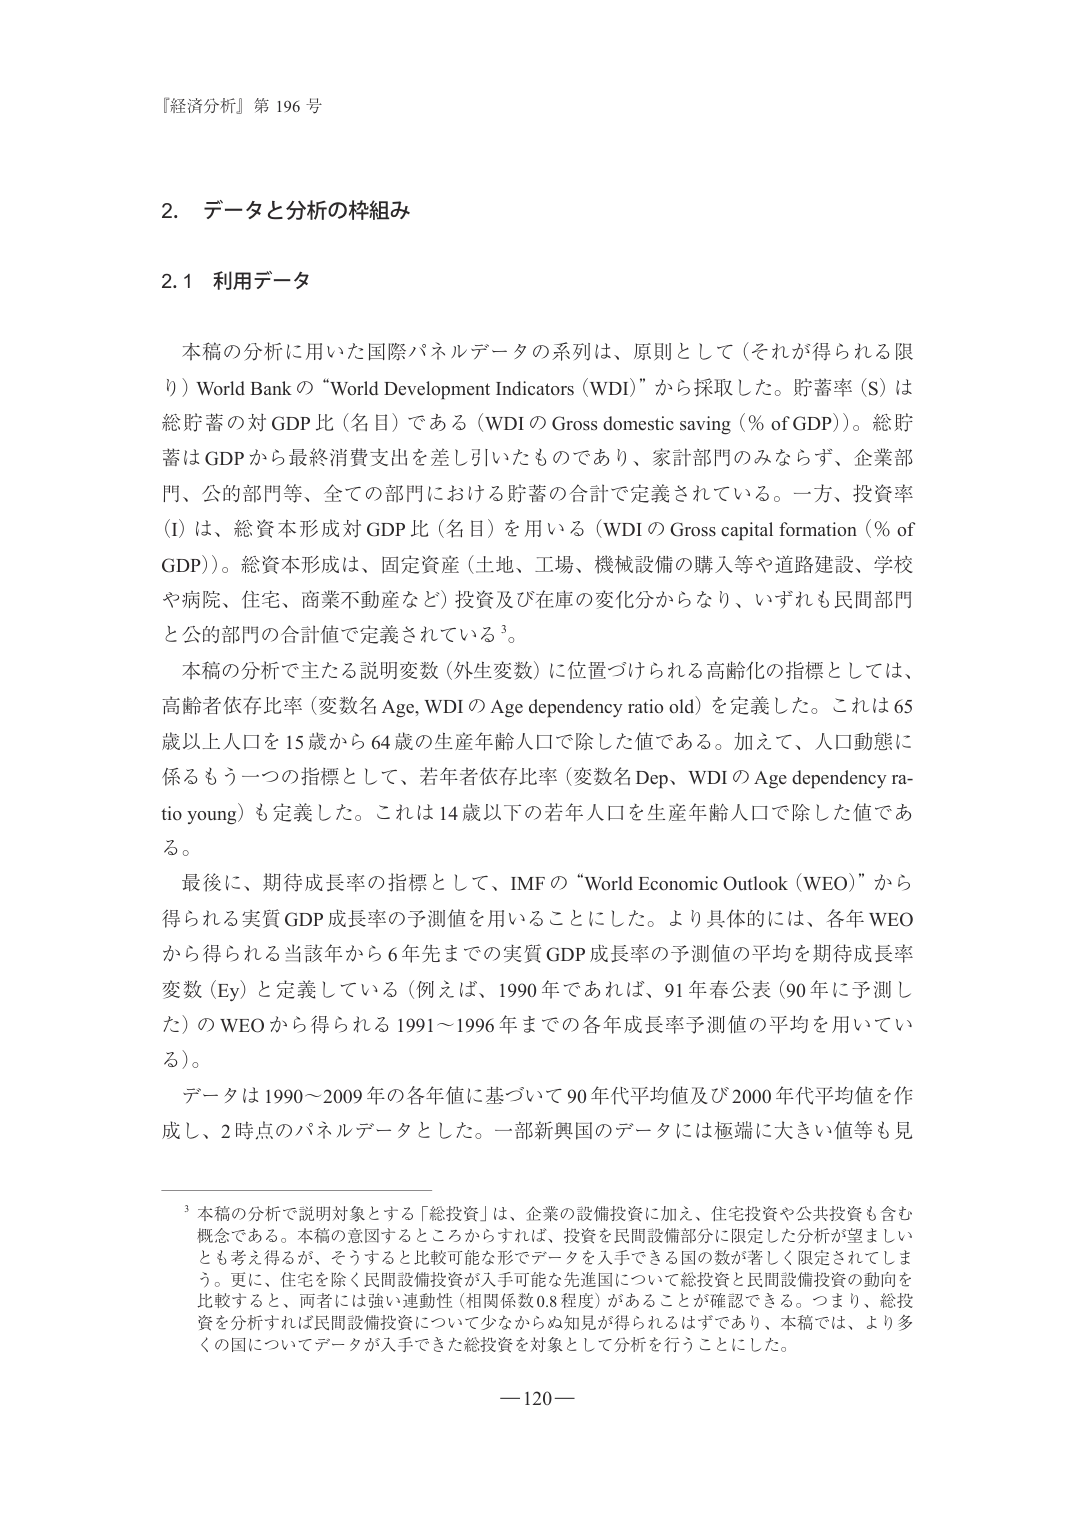
『経済分析』第 196 号

2. データと分析の枠組み

2.1 利用データ

本稿の分析に用いた国際パネルデータの系列は、原則として（それが得られる限り）World Bank の “World Development Indicators (WDI)” から採取した。貯蓄率 (S) は総貯蓄の対 GDP 比（名目）である（WDI の Gross domestic saving (% of GDP)）。総貯蓄は GDP から最終消費支出を差し引いたものであり、家計部門のみならず、企業部門、公の部門等、全ての部門における貯蓄の合計で定義されている。一方、投資率 (I) は、総資本形成対 GDP 比（名目）を用いる（WDI の Gross capital formation (% of GDP)）。総資本形成は、固定資産（土地、工場、機械設備の購入等や道路建設、学校や病院、住宅、商業不動産など）投資及び在庫の変化分からなり、いずれも民間部門と公的部門の合計値で定義されている³。

本稿の分析で主たる説明変数（外生変数）に位置づけられる高齢化の指標としては、高齢者依存比率（変数名 Age、WDI の Age dependency ratio old）を定義した。これは 65 歳以上人口を 15 歳から 64 歳の生産年齢人口で除した値である。加えて、人口動態に係るもう一つの指標として、若年者依存比率（変数名 Dep、WDI の Age dependency ratio young）も定義した。これは 14 歳以下の若年人口を生産年齢人口で除した値である。

最後に、期待成長率の指標として、IMF の “World Economic Outlook (WEO)” から得られる実質 GDP 成長率の予測値を用いることにした。より具体的には、各年 WEO から得られる当該年から 6 年先までの実質 GDP 成長率の予測値の平均を期待成長率変数 (Ey) と定義している（例えば、1990 年であれば、91 年春公表（90 年に予測した）の WEO から得られる 1991～1996 年までの各年成長率予測値の平均を用いている）。

データは 1990～2009 年の各年値に基づいて 90 年代平均値及び 2000 年代平均値を作成し、2 時点のパネルデータとした。一部新興国のデータには極端に大きい値等も見

³ 本稿の分析で説明対象とする「総投資」は、企業の設備投資に加え、住宅投資や公共投資も含む概念である。本稿の意図するところからすれば、投資を民間設備部分に限定した分析が望ましいとも考え得るが、そうすると比較可能な形でデータを入手できる国の数が著しく限定されてしまう。更に、住宅を除く民間設備投資が入手可能な先進国について総投資と民間設備投資の動向を比較すると、両者には強い連動性（相関係数 0.8 程度）があることが確認できる。つまり、総投資を分析すれば民間設備投資についても少なからぬ知見が得られるはずであり、本稿では、より多くの国についてデータが入手できた総投資を対象として分析を行うことにした。

—120—